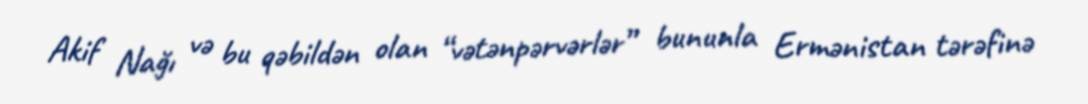
Akif Nağı və bu qəbildən olan “vətənpərvərlər” bununla Ermənistan tərəfinə